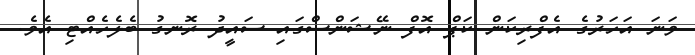
ވަނަ އަހަރުގެ އެފްރިކަން ކަޕް އޮފް ނޭޝަންސްގައި ސައީދު ރޮނގު ބެލެހެއްޓި އެވެ.